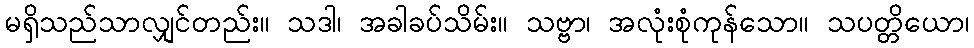
မရှိသည်သာလျှင်တည်း။ သဒါ၊ အခါခပ်သိမ်း။ သဗ္ဗာ၊ အလုံးစုံကုန်သော။ သပတ္တိယော၊